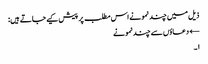
ذیل میں چند نمونے اس مطلب پر پیش کیے جاتے ہیں:
← دعاؤں سے چند نمونے
۱۔